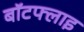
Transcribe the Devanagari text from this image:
बॉटफ्लाइ